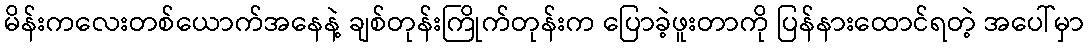
မိန်းကလေးတစ်ယောက်အနေနဲ့ ချစ်တုန်းကြိုက်တုန်းက ပြောခဲ့ဖူးတာကို ပြန်နားထောင်ရတဲ့ အပေါ်မှာ